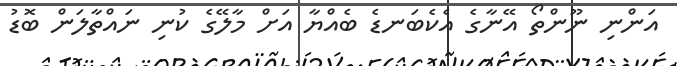
އަންނި ނޫންތޯ އޭނާގެ އެކެބަނޑެ ބެއްޔާ އަށް މާލޭގެ ކުނި ނައްތާލަން ބޮޑު